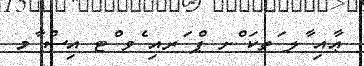
ޢާއި ާލ ަތކަ ްށ ޕް ަރއި ެވ ްޓ އިސް ާމ